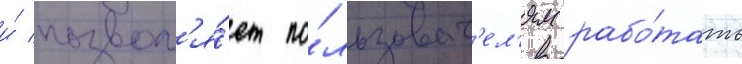
и́ позвол'я́ет по́льзоват'ел'ям рабо́тать